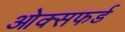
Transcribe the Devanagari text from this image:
ओक्सफर्ड